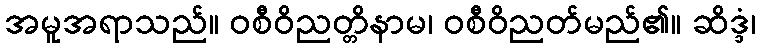
အမူအရာသည်။ ဝစီဝိညတ္တိနာမ၊ ဝစီဝိညတ်မည်၏။ ဆိဒ္ဒံ၊